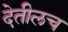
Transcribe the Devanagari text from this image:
देतीलच